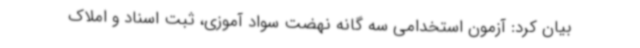
بیان کرد: آزمون استخدامی سه گانه نهضت سواد آموزی، ثبت اسناد و املاک